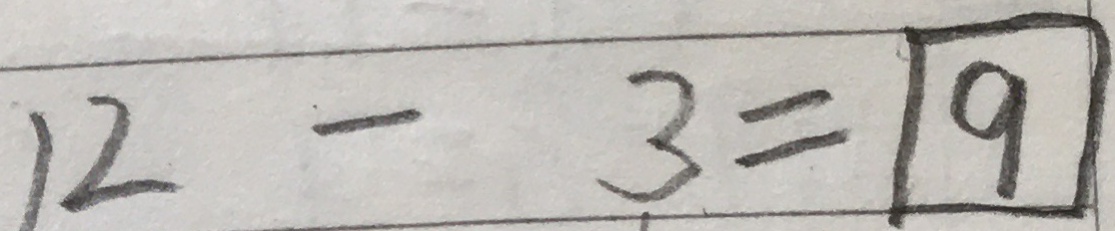
1 2 - 3 = 9